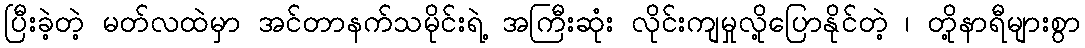
ပြီးခဲ့တဲ့ မတ်လထဲမှာ အင်တာနက်သမိုင်းရဲ့ အကြီးဆုံး လိုင်းကျမှုလို့ပြောနိုင်တဲ့ ၊ တို့နာရီများစွာ